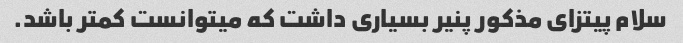
سلام پیتزای مذکور پنیر بسیاری داشت که میتوانست کمتر باشد.